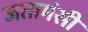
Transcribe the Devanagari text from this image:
जतामंसी